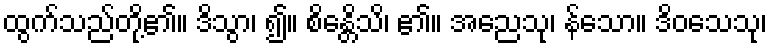
ထွက်သည်တို့၏။ ဒိသွာ၊ ၍။ စိန္တေိသိ၊ ၏။ အညေသု၊ န်သော။ ဒိဝသေသု၊